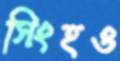
সিংহও